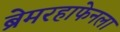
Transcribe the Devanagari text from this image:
ब्रेमरहाफेनला